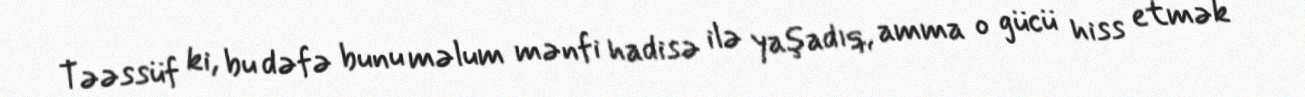
Təəssüf ki, bu dəfə bunu məlum mənfi hadisə ilə yaşadıq, amma o gücü hiss etmək